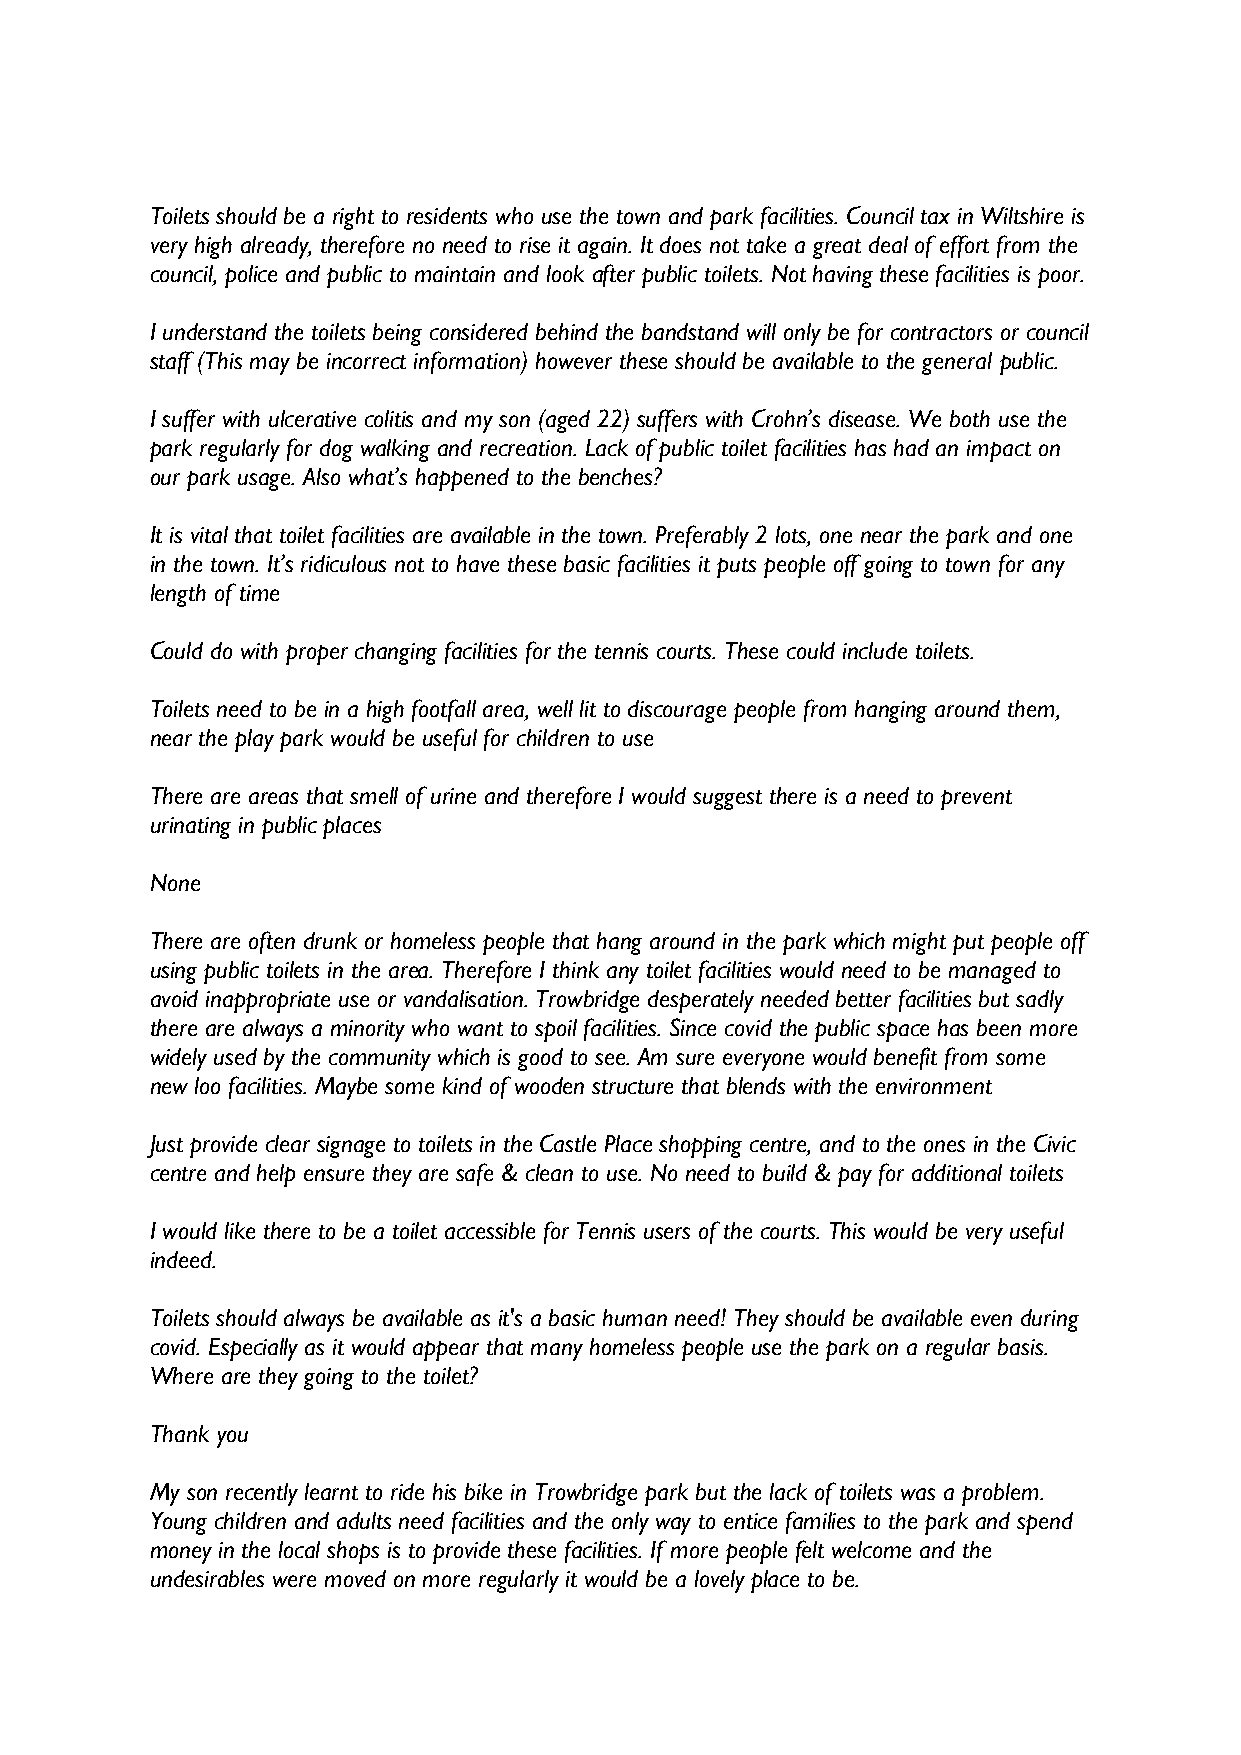
Toilets should be a right to residents who use the town and park facilities. Council tax in Wiltshire is
 very high already, therefore no need to rise it again. It does not take a great deal of effort from the
 council, police and public to maintain and look after public toilets. Not having these facilities is poor.
 I understand the toilets being considered behind the bandstand will only be for contractors or council
 staff (This may be incorrect information) however these should be available to the general public.
 I suffer with ulcerative colitis and my son (aged 22) suffers with Crohn’s disease. We both use the
 park regularly for dog walking and recreation. Lack of public toilet facilities has had an impact on
 our park usage. Also what’s happened to the benches?
 It is vital that toilet facilities are available in the town. Preferably 2 lots, one near the park and one
 in the town. It’s ridiculous not to have these basic facilities it puts people off going to town for any
 length of time
 Could do with proper changing facilities for the tennis courts. These could include toilets.
 Toilets need to be in a high footfall area, well lit to discourage people from hanging around them,
 near the play park would be useful for children to use
 There are areas that smell of urine and therefore I would suggest there is a need to prevent
 urinating in public places
 None
 There are often drunk or homeless people that hang around in the park which might put people off
 using public toilets in the area. Therefore I think any toilet facilities would need to be managed to
 avoid inappropriate use or vandalisation. Trowbridge desperately needed better facilities but sadly
 there are always a minority who want to spoil facilities. Since covid the public space has been more
 widely used by the community which is good to see. Am sure everyone would benefit from some
 new loo facilities. Maybe some kind of wooden structure that blends with the environment
 Just provide clear signage to toilets in the Castle Place shopping centre, and to the ones in the Civic
 centre and help ensure they are safe & clean to use. No need to build & pay for additional toilets
 I would like there to be a toilet accessible for Tennis users of the courts. This would be very useful
 indeed.
 Toilets should always be available as it's a basic human need! They should be available even during
 covid. Especially as it would appear that many homeless people use the park on a regular basis.
 Where are they going to the toilet?
 Thank you
 My son recently learnt to ride his bike in Trowbridge park but the lack of toilets was a problem.
 Young children and adults need facilities and the only way to entice families to the park and spend
 money in the local shops is to provide these facilities. If more people felt welcome and the
 undesirables were moved on more regularly it would be a lovely place to be.